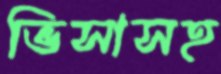
ভিসাসহ